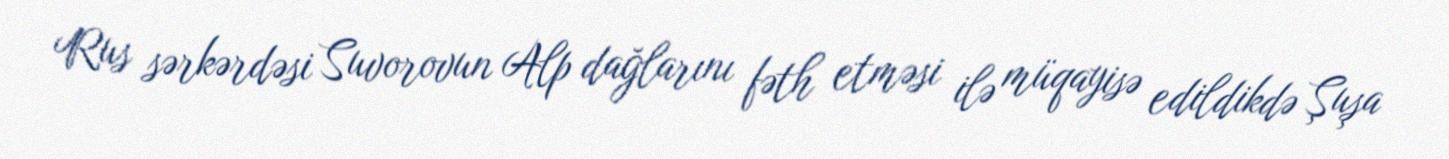
Rus sərkərdəsi Suvorovun Alp dağlarını fəth etməsi ilə müqayisə edildikdə Şuşa